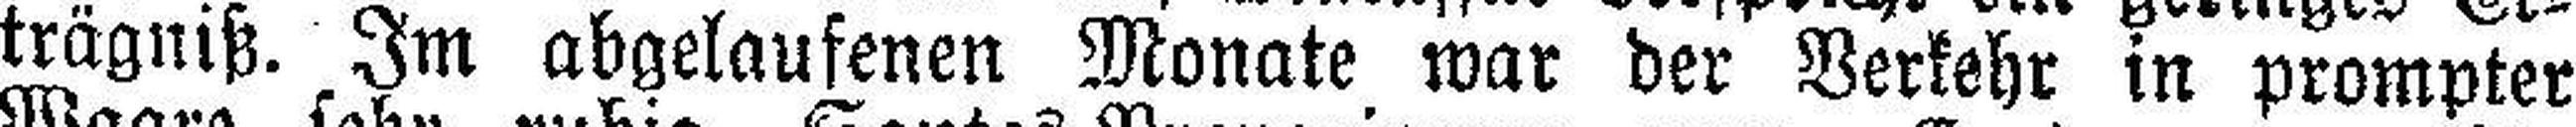
trägniß. Im abgelaufenen Monate war der Verkehr in prompter